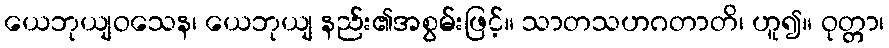
ယေဘုယျဝသေန၊ ယေဘုယျ နည်း၏အစွမ်းဖြင့်။ သာတသဟဂတာတိ၊ ဟူ၍။ ဝုတ္တာ၊